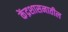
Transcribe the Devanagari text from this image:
केंद्रशासनातील